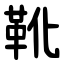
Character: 靴